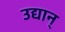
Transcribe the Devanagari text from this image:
उद्यान्